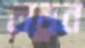
লড়ুন